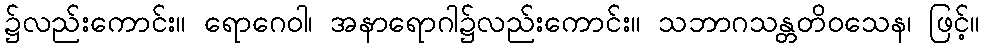
၌လည်းကောင်း။ ရောဂေဝါ၊ အနာရောဂါ၌လည်းကောင်း။ သဘာဂသန္တတိဝသေန၊ ဖြင့်။